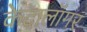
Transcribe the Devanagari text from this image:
केटालॉगर